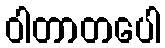
ဝါတာတပေါ